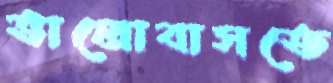
ভালোবাসতে